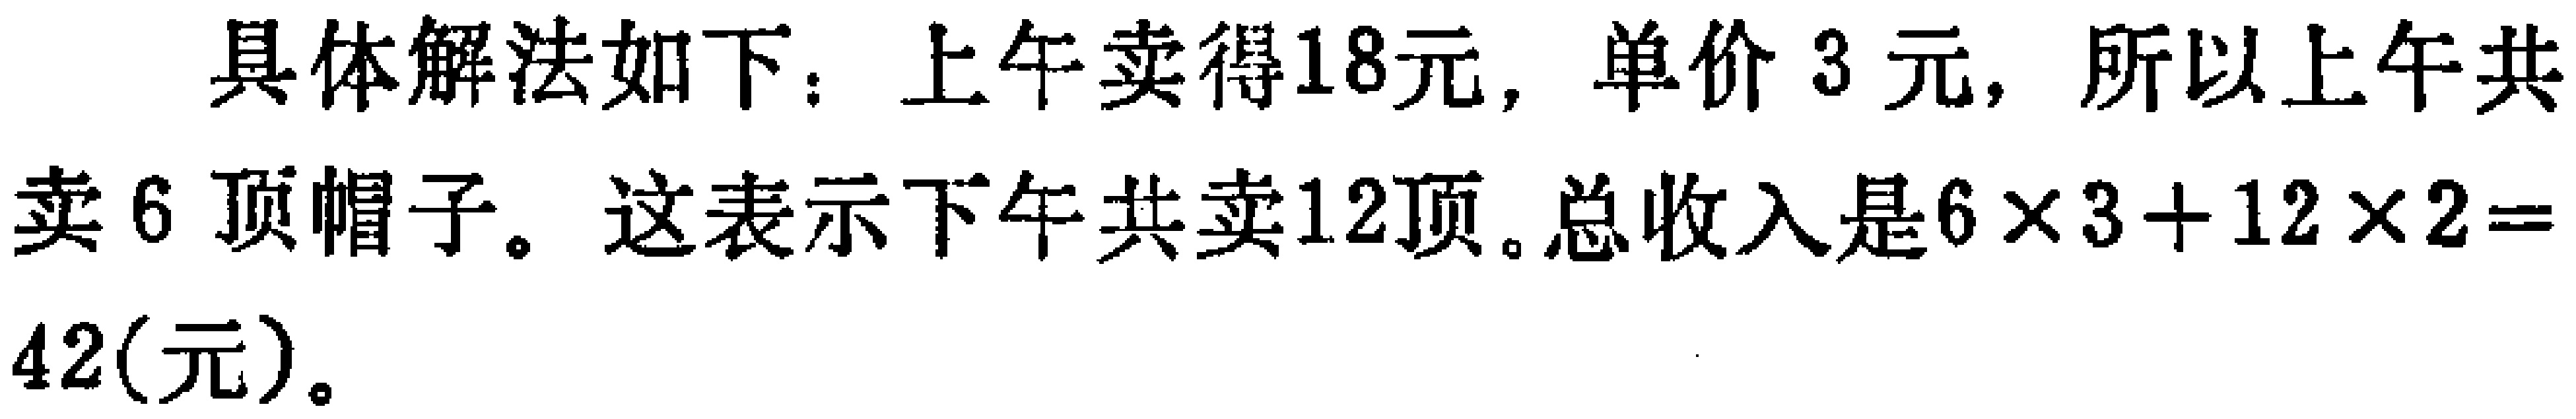
具体解法如下：上午卖得18元，单价3元，所以上午共卖6顶帽子。这表示下午共卖12顶。总收入是\(6\times3 + 12\times2 = 42(\text{元})\)。